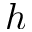
\boldsymbol { h }